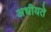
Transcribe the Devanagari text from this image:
अधीयते